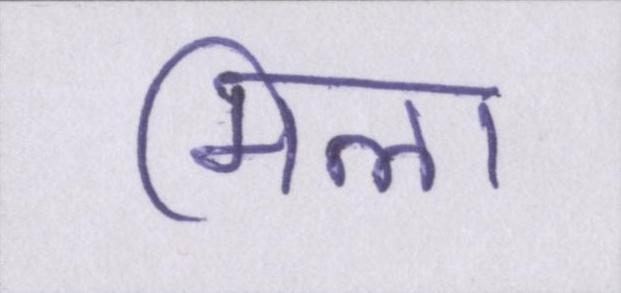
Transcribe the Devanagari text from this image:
मिला